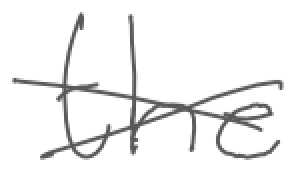
Text: the
Cross-out: cross
Writing tool: digital_gray